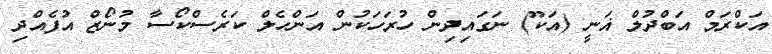
އަކްރަމް އަބްދުލް ޣަނީ (އަކޫ) ނަގައިދިން ހުރަހަކުން އަންހެލް ކަރެސްކޯސާ މުނޯޒް އުފެއްދި